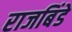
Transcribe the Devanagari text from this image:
राजबिंडे